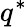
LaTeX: q^{\ast}